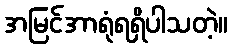
အမြင်အာရုံရရှိပါသတဲ့။